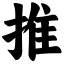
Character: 推